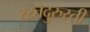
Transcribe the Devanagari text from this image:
रस्तेदुरुस्ती